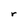
Character: r